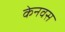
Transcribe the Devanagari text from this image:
केनवस